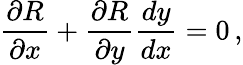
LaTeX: {\frac{\partial R}{\partial x}}+{\frac{\partial R}{\partial y}}{\frac{dy}{dx}}=0\, ,